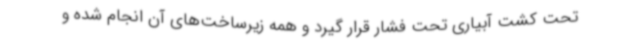
تحت کشت آبیاری تحت فشار قرار گیرد و همه زیرساخت‌های آن انجام شده و